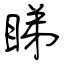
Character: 睇